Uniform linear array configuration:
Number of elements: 12
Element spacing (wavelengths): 0.75
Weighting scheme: exponential
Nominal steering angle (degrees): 60
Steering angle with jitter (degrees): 61.342
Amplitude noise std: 0.05
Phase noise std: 0.05

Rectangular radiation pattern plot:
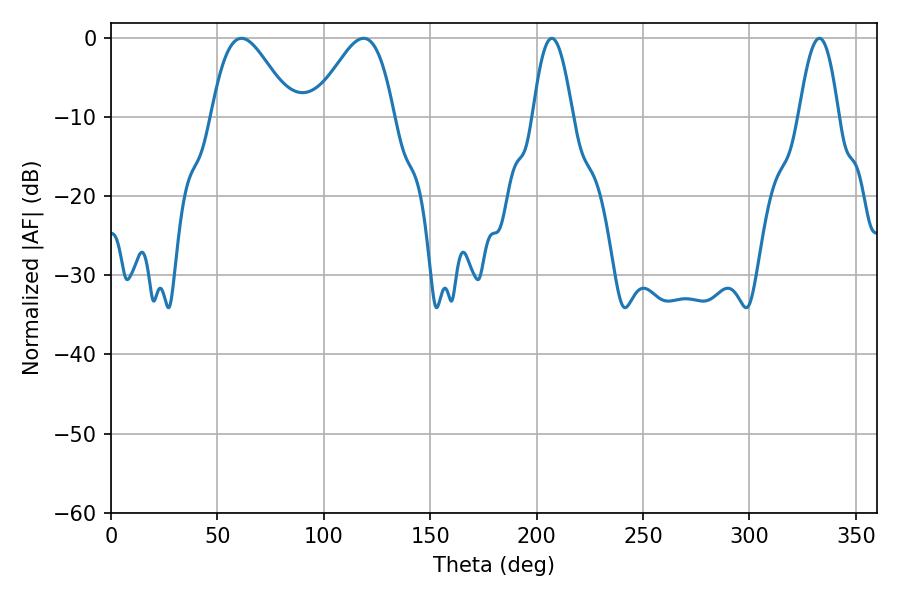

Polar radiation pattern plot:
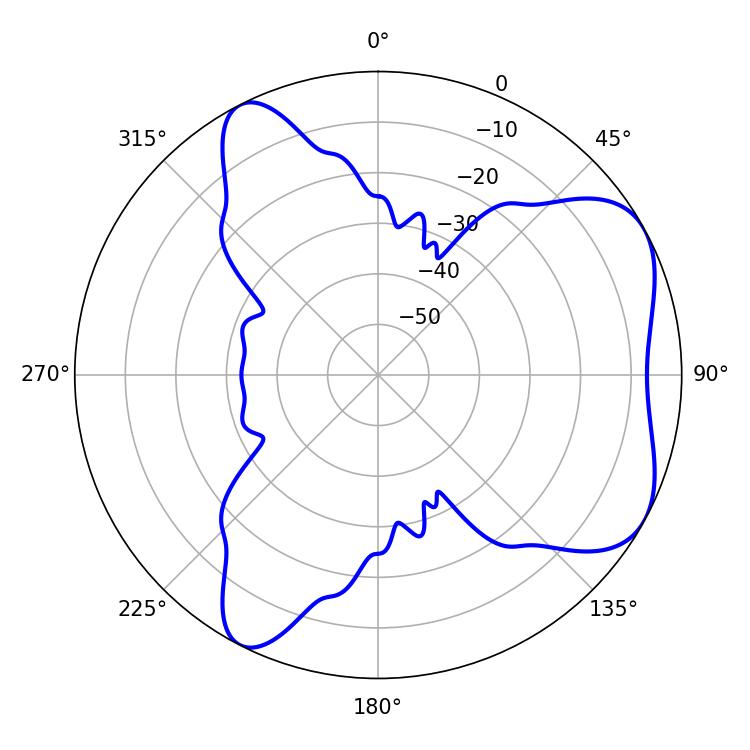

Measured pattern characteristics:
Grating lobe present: TRUE
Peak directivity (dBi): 5.692
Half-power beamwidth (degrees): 20.16
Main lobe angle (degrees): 61.38